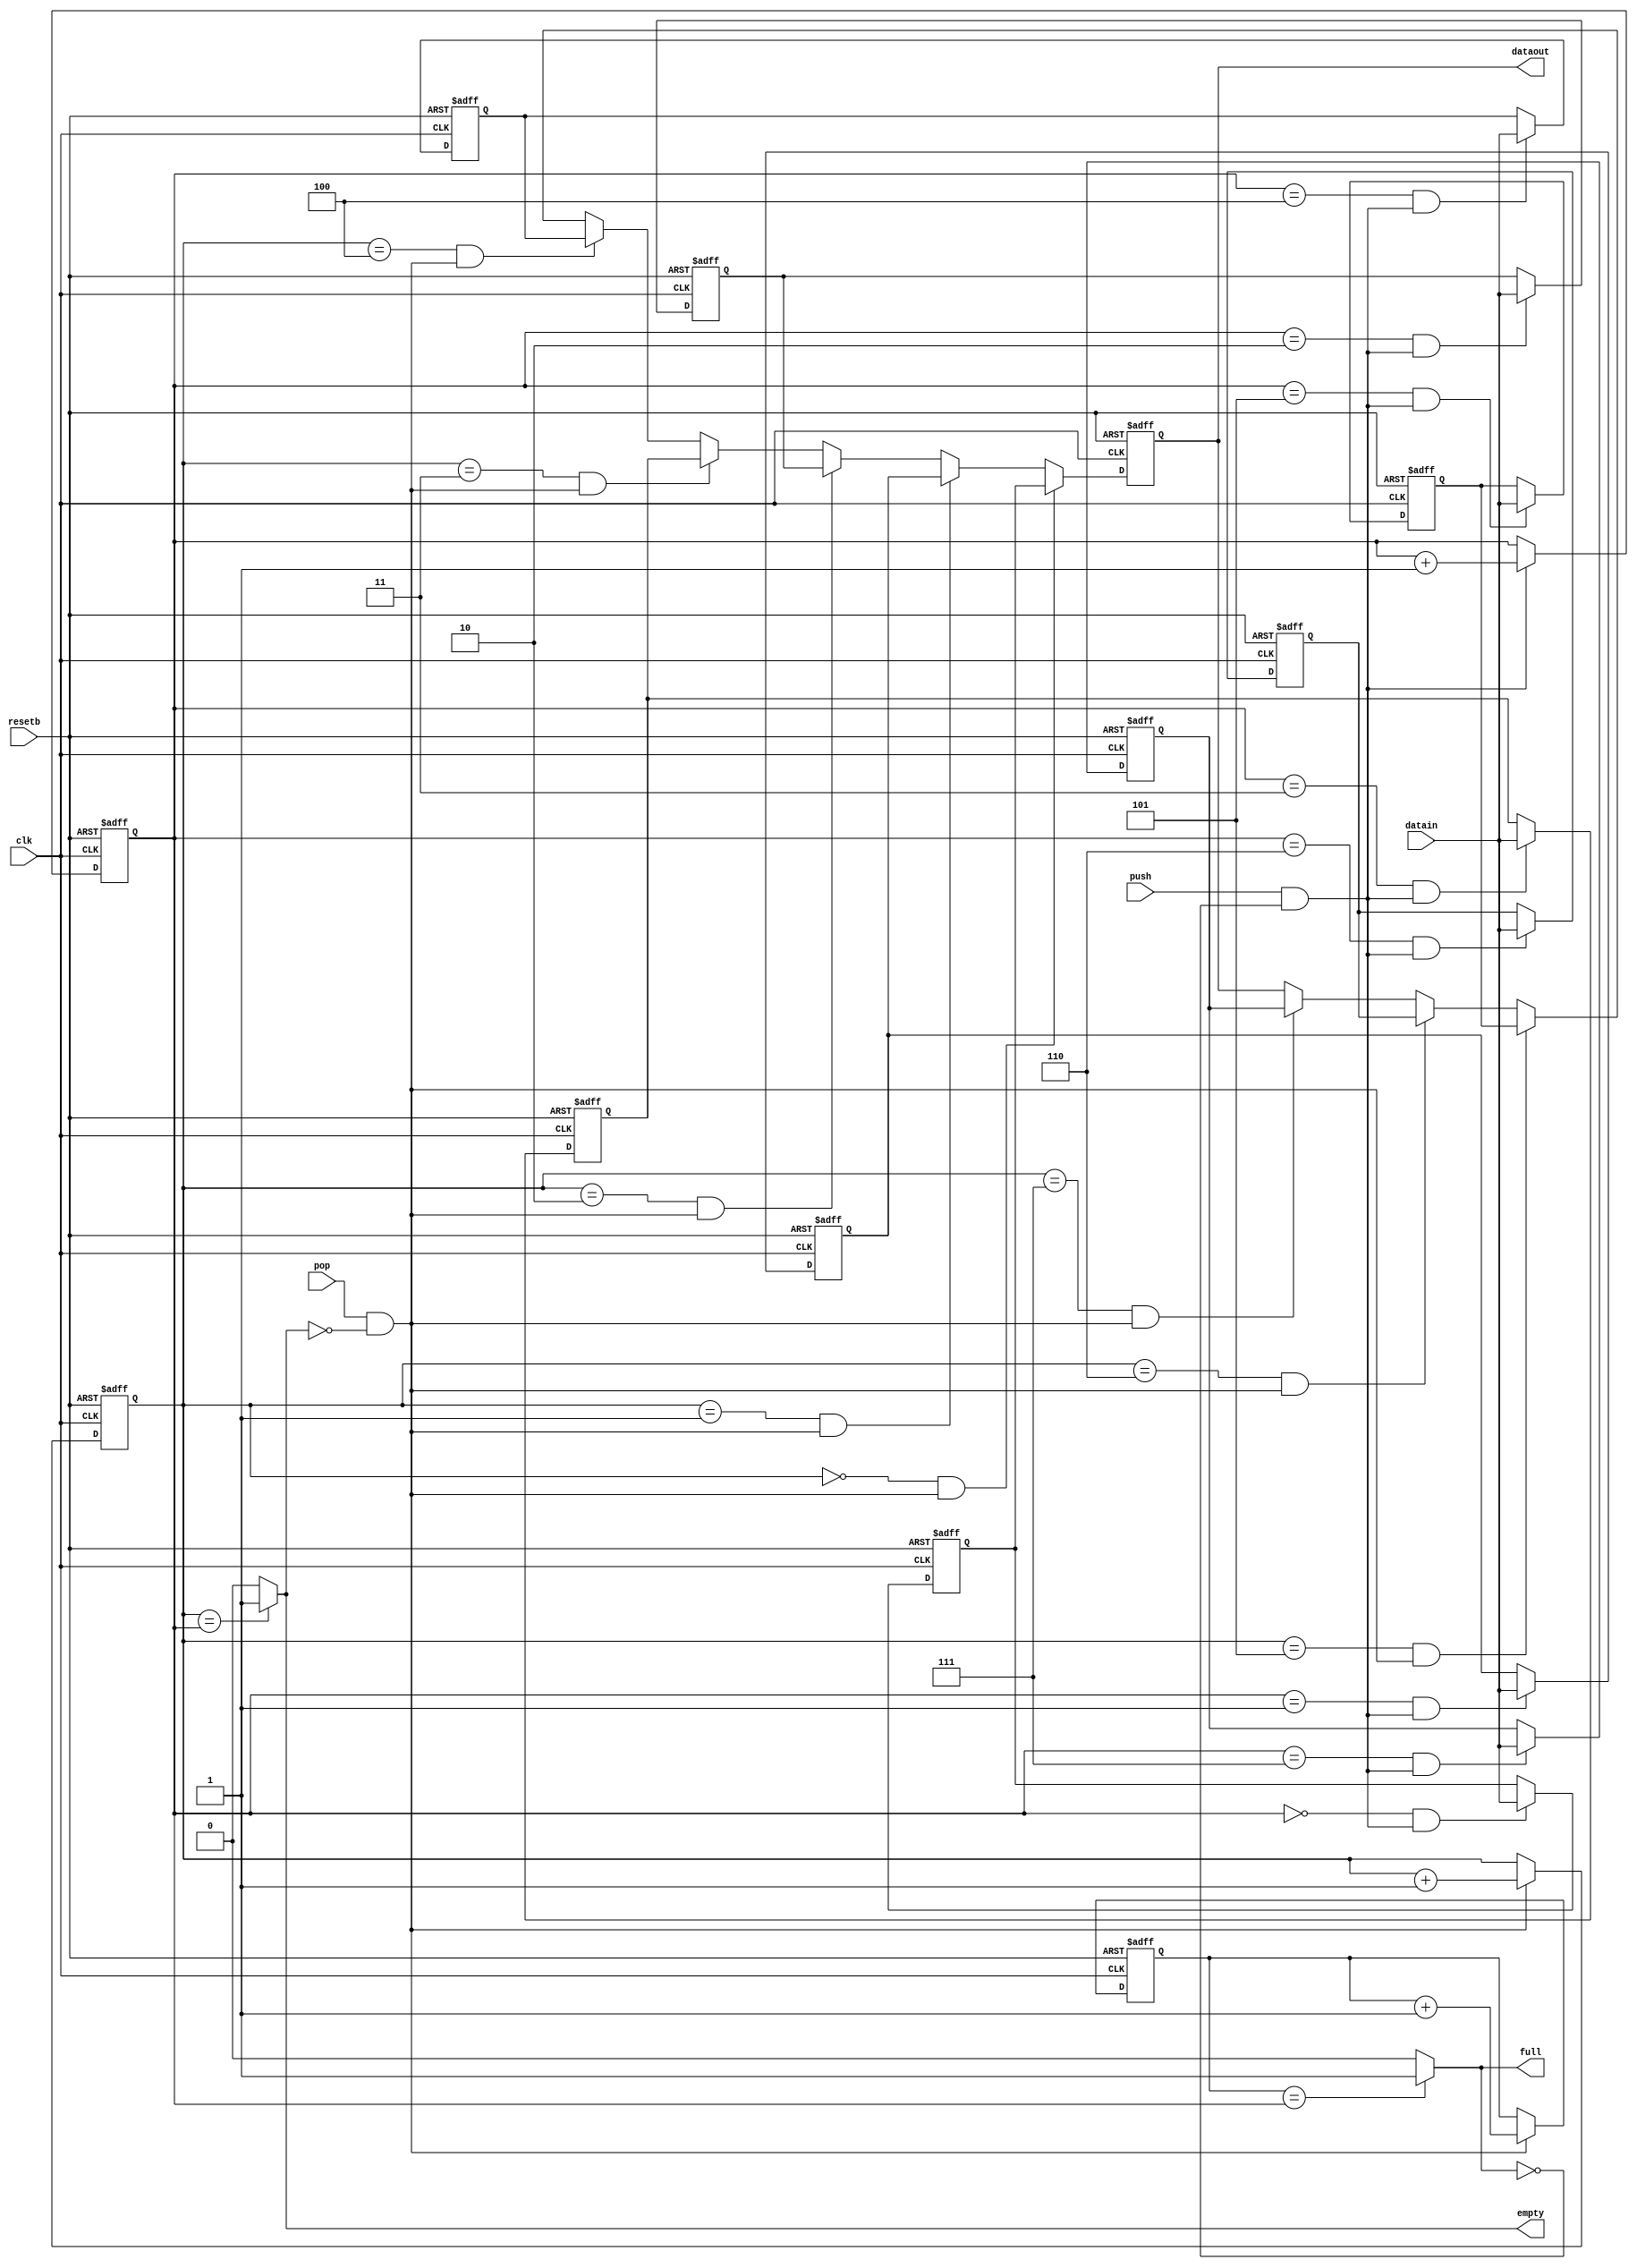
module queue (
    input       clk,
    input       resetb,

    input [7:0] datain,
    input       push,

    output [7:0] dataout,
    input        pop,

    output       full,
    output       empty
);

reg [7:0] dataout;

// 입력과 읽을 때의 조건
wire wen;
wire ren;

assign  wen = push & !full;
assign ren = pop & !empty;

// full과 empty의 조건
wire full;
wire empty;

reg [2:0] pfront;
always @(posedge clk or negedge resetb) begin
    if(~resetb)
        pfront <= 3'b111;
    else if(ren)
        pfront <= pfront +1;
    else
        pfront <= pfront;
end

assign empty = (front == rear) ? 1'b1 : 1'b0;
/*
여기서 rear+1이 0이면 좋겠는데 8로 인식되니 문제
이렇게 해도 8이 되기전에 full이 되서 문제가 생김
모르겠다~    
assign full = (front == (rear + 1)) ? 1'b1 : ((front - 1) == rear) ? 1'b1 : 1'b0;
*/
assign full = (pfront == rear) ? 1'b1 : 1'b0;


reg [7:0] QUEUE[7:0];
reg [2:0] front;
reg [2:0] rear;

// rear 증가 조건
always @ (negedge resetb or posedge clk)
    if(~resetb)
        rear <= 0;
    else if(wen)
        rear <= rear + 1; // 알아서 overflow나서 돌아감.
    else
        rear <= rear;

// front 증가 조건
always @ (negedge resetb or posedge clk)
    if(~resetb)
        front <= 0;
    else if(ren)
        front <= front + 1; // 알아서 overflow나서 돌아감.
    else
        front <= front;

// 데이터 입력 로직
always @(posedge clk or negedge resetb) begin
    if(~resetb)
        QUEUE[0] <= 0;
    else if ((rear == 0) & wen)
        QUEUE[0] <= datain;
    else
        QUEUE[0] <= QUEUE[0];
end

always @(posedge clk or negedge resetb) begin
    if(~resetb)
        QUEUE[1] <= 0;
    else if ((rear == 1) & wen)
        QUEUE[1] <= datain;
    else
        QUEUE[1] <= QUEUE[1];
end

always @(posedge clk or negedge resetb) begin
    if(~resetb)
        QUEUE[2] <= 0;
    else if ((rear == 2) & wen)
        QUEUE[2] <= datain;
    else
        QUEUE[2] <= QUEUE[2];
end

always @(posedge clk or negedge resetb) begin
    if(~resetb)
        QUEUE[3] <= 0;
    else if ((rear == 3) & wen)
        QUEUE[3] <= datain;
    else
        QUEUE[3] <= QUEUE[3];
end

always @(posedge clk or negedge resetb) begin
    if(~resetb)
        QUEUE[4] <= 0;
    else if ((rear == 4) & wen)
        QUEUE[4] <= datain;
    else
        QUEUE[4] <= QUEUE[4];
end

always @(posedge clk or negedge resetb) begin
    if(~resetb)
        QUEUE[5] <= 0;
    else if ((rear == 5) & wen)
        QUEUE[5] <= datain;
    else
        QUEUE[5] <= QUEUE[5];
end

always @(posedge clk or negedge resetb) begin
    if(~resetb)
        QUEUE[6] <= 0;
    else if ((rear == 6) & wen)
        QUEUE[6] <= datain;
    else
        QUEUE[6] <= QUEUE[6];
end

always @(posedge clk or negedge resetb) begin
    if(~resetb)
        QUEUE[7] <= 0;
    else if ((rear == 7) & wen)
        QUEUE[7] <= datain;
    else
        QUEUE[7] <= QUEUE[7];
end

wire q0_ren;
wire q1_ren;
wire q2_ren;
wire q3_ren;
wire q4_ren;
wire q5_ren;
wire q6_ren;
wire q7_ren;

assign q0_ren = (front == 0) & ren;
assign q1_ren = (front == 1) & ren;
assign q2_ren = (front == 2) & ren;
assign q3_ren = (front == 3) & ren;
assign q4_ren = (front == 4) & ren;
assign q5_ren = (front == 5) & ren;
assign q6_ren = (front == 6) & ren;
assign q7_ren = (front == 7) & ren;

always @(posedge clk or negedge resetb) begin
    if(~resetb)
        dataout <= 0;
    else if (q0_ren)
        dataout <= QUEUE[0];
    else if (q1_ren)
        dataout <= QUEUE[1];
    else if (q2_ren)
        dataout <= QUEUE[2];
    else if (q3_ren)
        dataout <= QUEUE[3];
    else if (q4_ren)
        dataout <= QUEUE[4];
    else if (q5_ren)
        dataout <= QUEUE[5];
    else if (q6_ren)
        dataout <= QUEUE[6];
    else if (q7_ren)
        dataout <= QUEUE[7];
    else
        dataout <= dataout;
end

endmodule